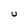
Character: U